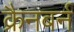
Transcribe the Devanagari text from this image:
क्रैनबर्न